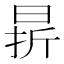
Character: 𣇄